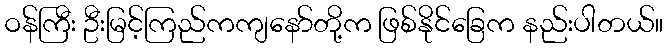
ဝန်ကြီး ဦးမြင့်ကြည်ကကျနော်တို့က ဖြစ်နိုင်ခြေက နည်းပါတယ်။